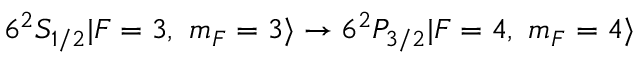
6 ^ { 2 } S _ { 1 / 2 } | F = 3 , \ m _ { F } = 3 \rangle \rightarrow 6 ^ { 2 } P _ { 3 / 2 } | F = 4 , \ m _ { F } = 4 \rangle